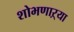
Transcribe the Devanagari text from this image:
शोभणाऱ्या